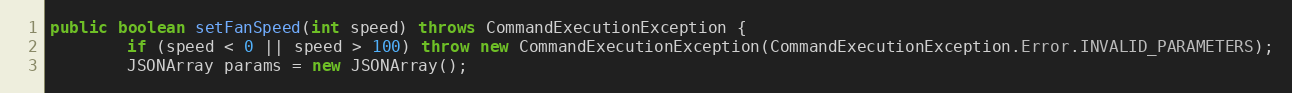
Language: Java
public boolean setFanSpeed(int speed) throws CommandExecutionException {
        if (speed < 0 || speed > 100) throw new CommandExecutionException(CommandExecutionException.Error.INVALID_PARAMETERS);
        JSONArray params = new JSONArray();